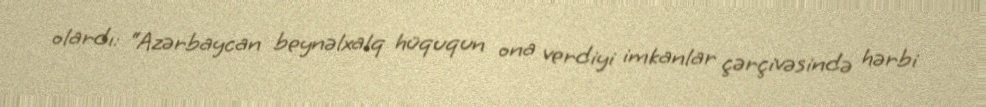
olardı: “Azərbaycan beynəlxalq hüququn ona verdiyi imkanlar çərçivəsində hərbi